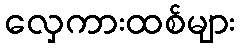
လှေကားထစ်များ